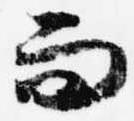
而